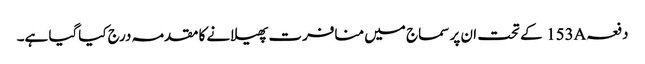
دفعہ153A کے تحت ان پر سماج میں منافرت پھیلانے کا مقدمہ درج کیاگیا ہے۔